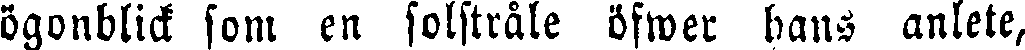
ögonblick som en solstråle öfwer hans anlete,